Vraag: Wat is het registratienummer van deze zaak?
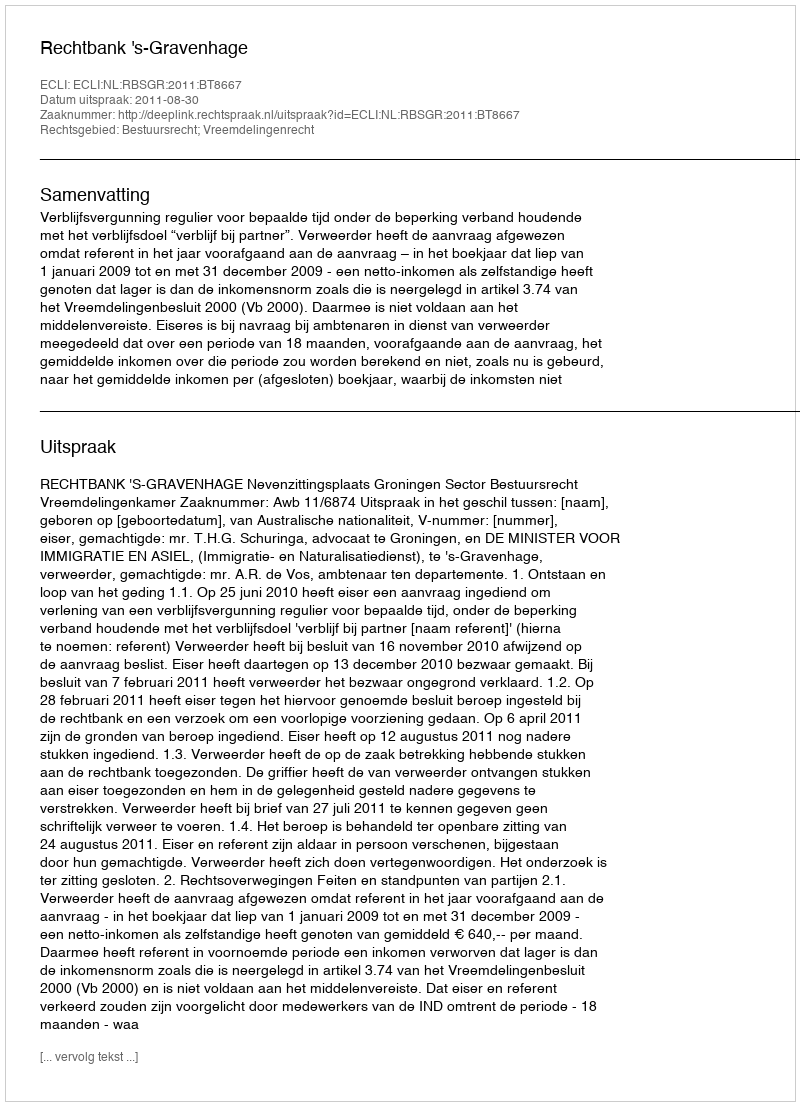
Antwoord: http://deeplink.rechtspraak.nl/uitspraak?id=ECLI:NL:RBSGR:2011:BT8667